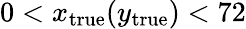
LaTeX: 0<x_{\mathrm{{true}}}(y_{\mathrm{{true}}})<72